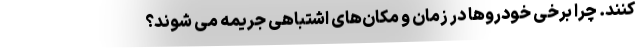
کنند. چرا برخی خودروها در زمان و مکان‌های اشتباهی جریمه می شوند؟